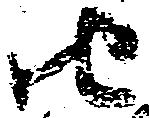
由